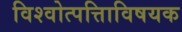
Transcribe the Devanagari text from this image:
विश्वोत्पत्तिाविषयक